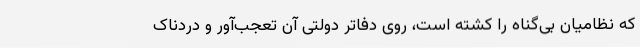
که نظامیان بی‌گناه را کشته است، روی دفاتر دولتی آن تعجب‌آور و دردناک